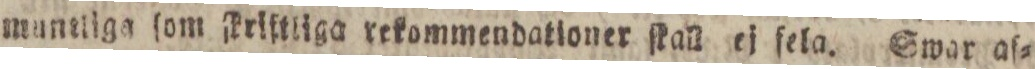
muntliga ſom Friſtliga rekommendationer ſkall ej ſela. Swar af=